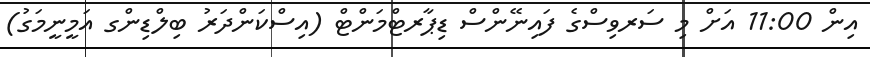
އިން 11:00 އަށް މި ސަރވިސްގެ ފައިނޭންސް ޑިޕާރޓްމަންޓް (އިސްކަންދަރު ބިލްޑިންގ އަމީނީމަގު)